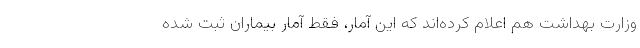
وزارت بهداشت هم اعلام کرده‌اند که این آمار، فقط آمار بیماران ثبت شده